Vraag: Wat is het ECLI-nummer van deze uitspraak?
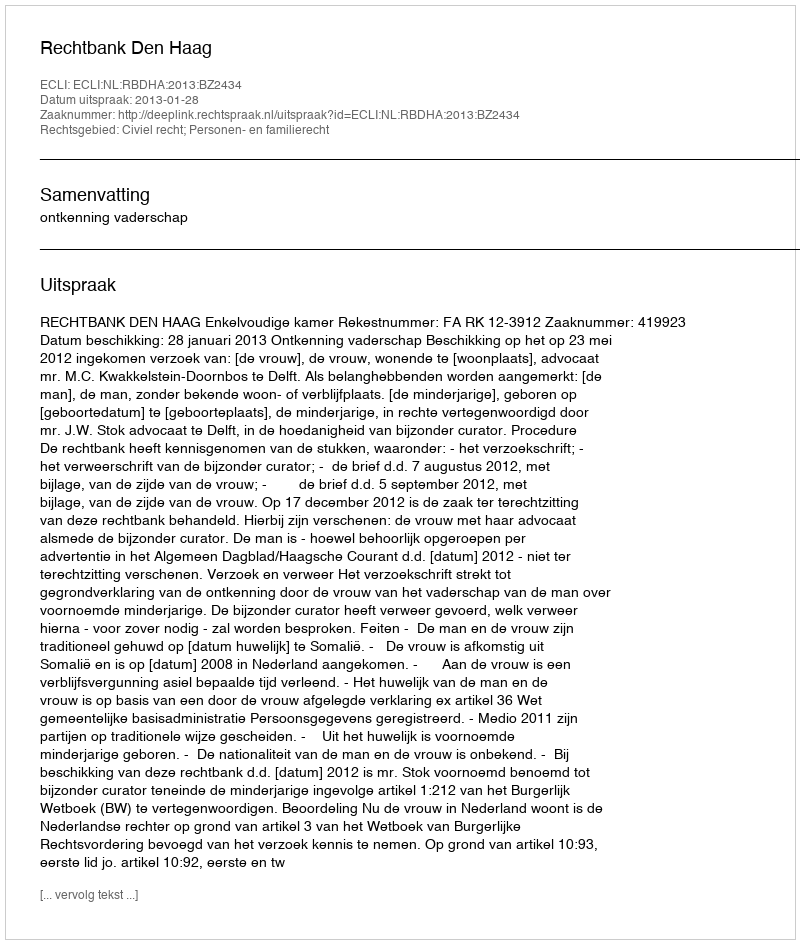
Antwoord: ECLI:NL:RBDHA:2013:BZ2434